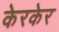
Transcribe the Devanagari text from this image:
केरकेर